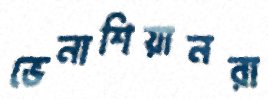
ভেনাশিয়ানরা